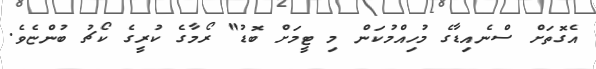
އެގޮތަށް ސްނެއިޑާގެ މުހިއްމުކަން މި ޓީމަށް ބޮޑު" ރޯމާގެ ކުރީގެ ކޯޗު ބުންޏެވެ.